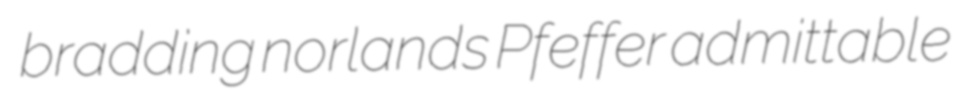
bradding norlands Pfeffer admittable